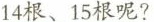
14根、15根呢?